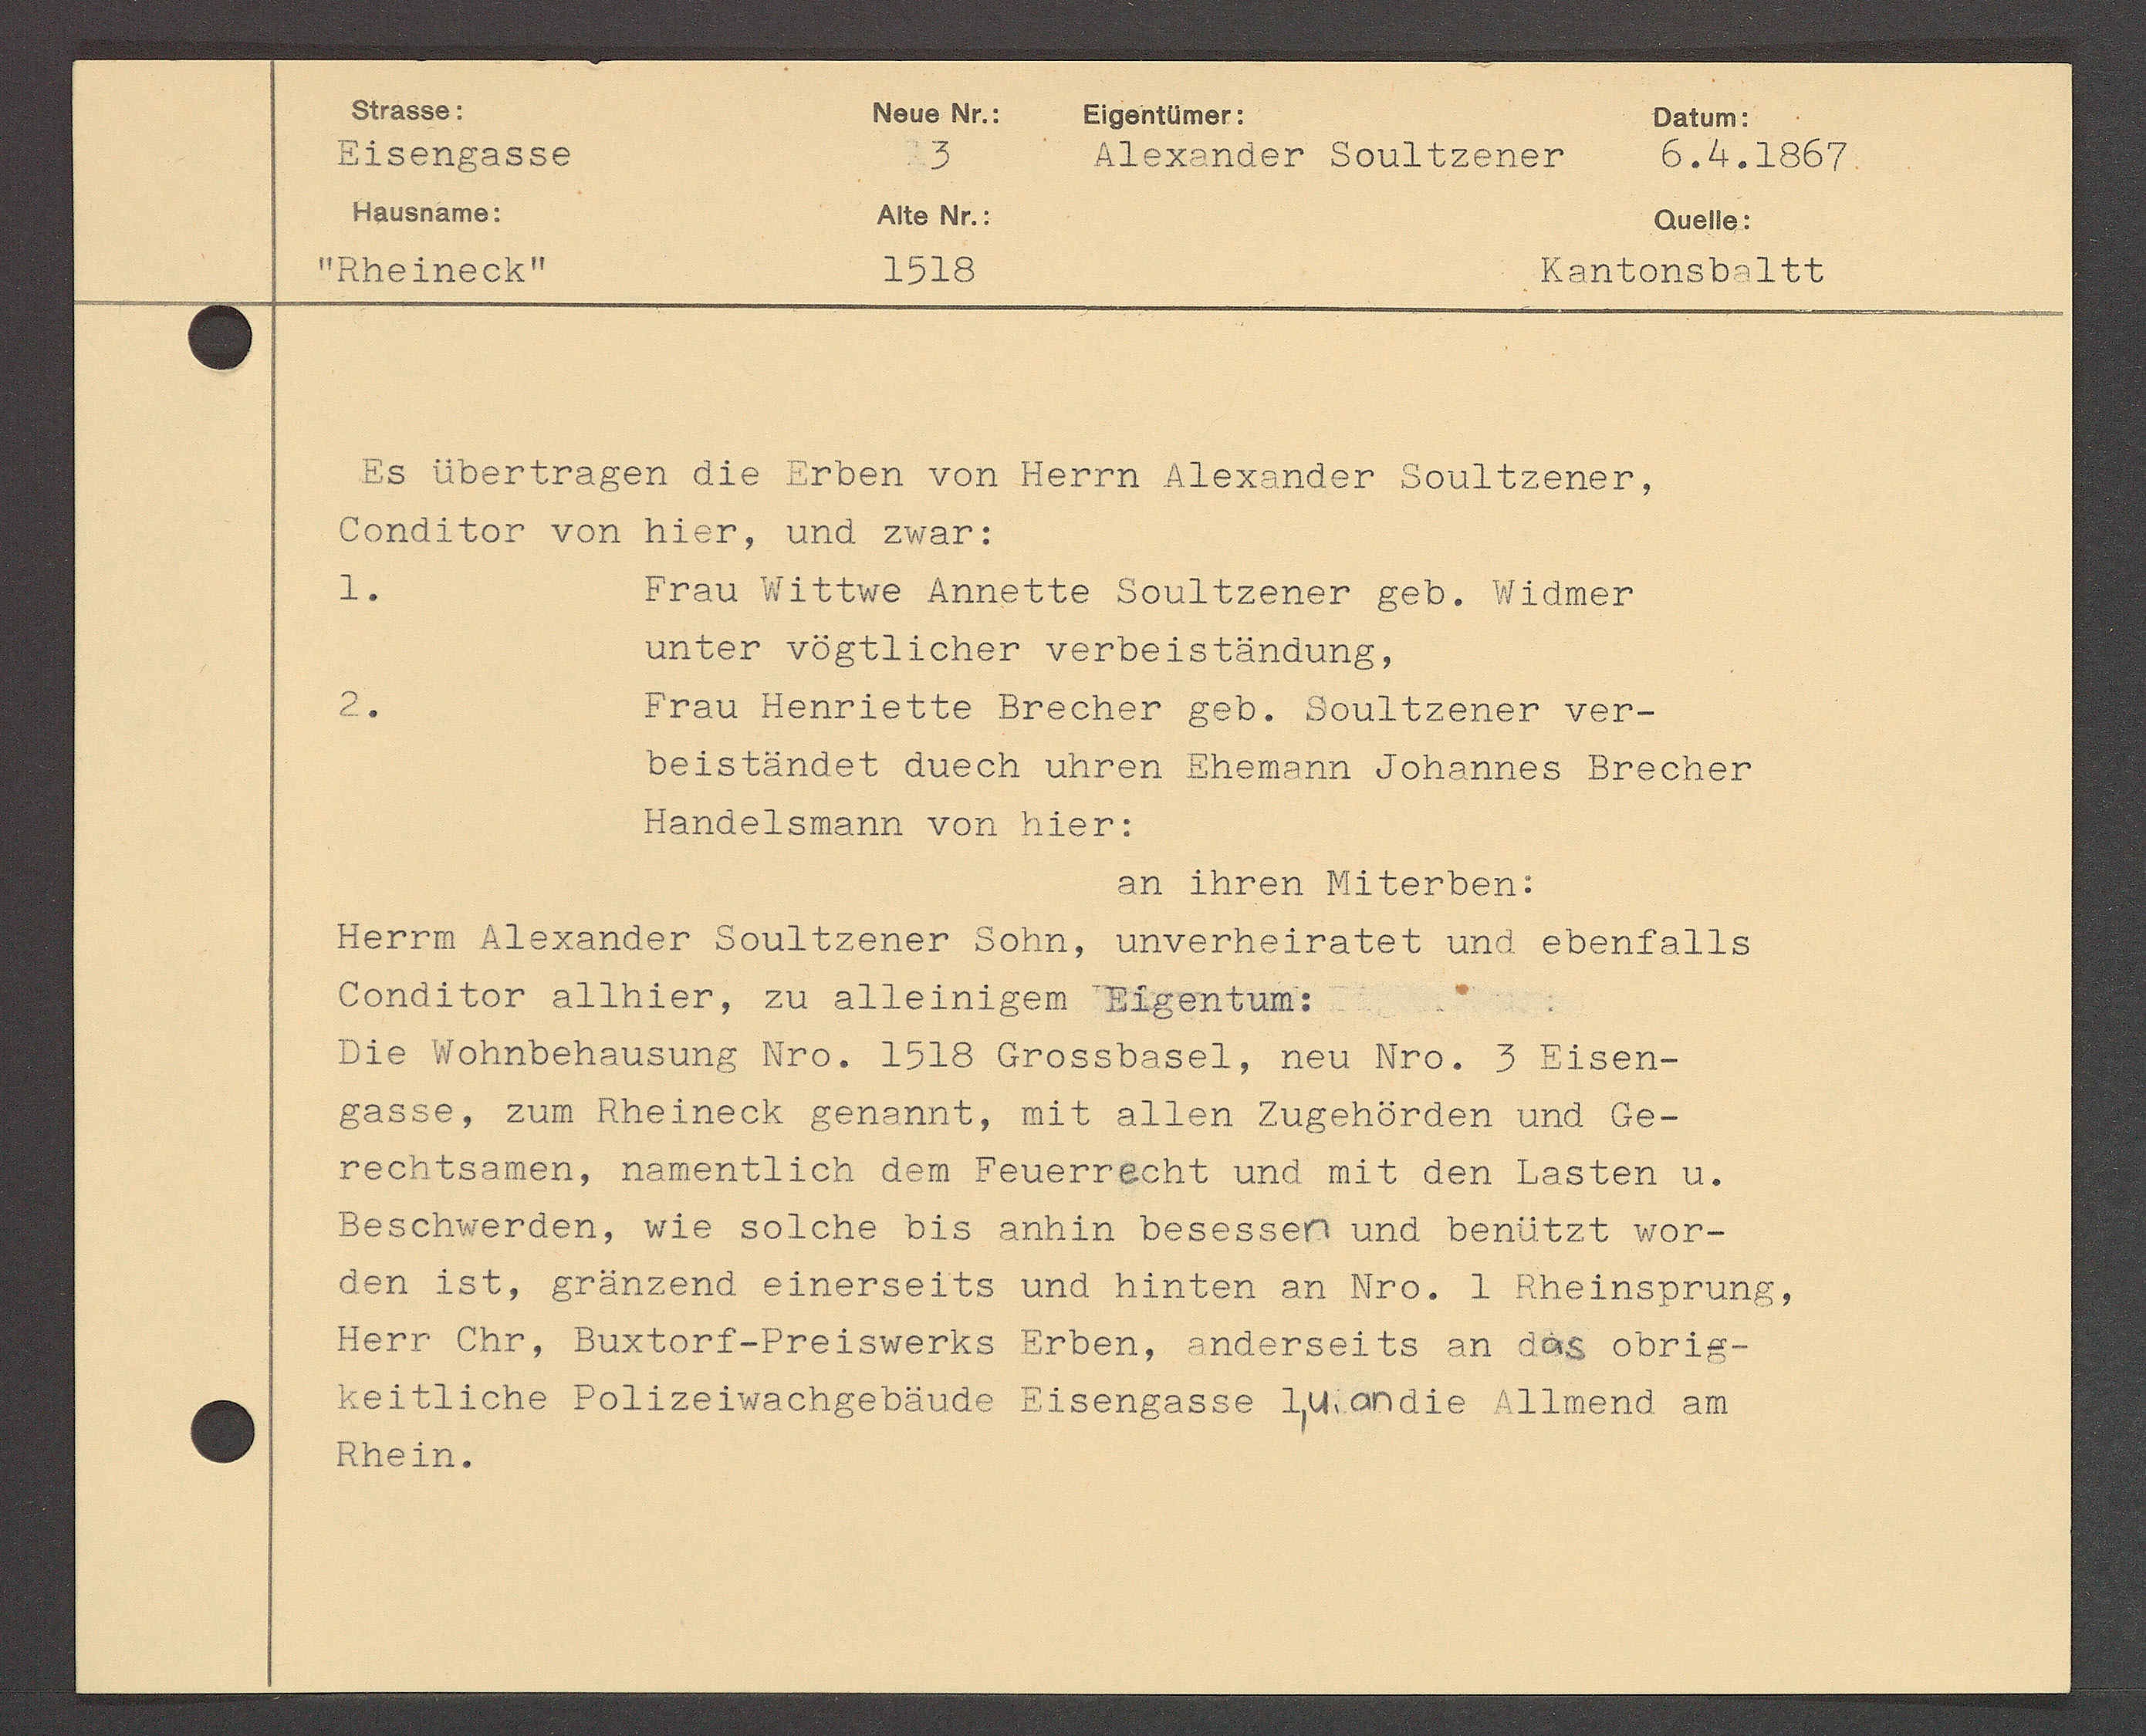
Transcript:
ER D D D 50

18ORIIIoI.
DTOR STADT BAADDDDDDD

3
6, Ao 1567.
ISTA10.
4110 15.
Ao110:
HORUOORI
RADADTSDSTEL.
1520

DDDTATADER AEE DDDER von DDDDD BUCUDDDDR SBUUEUCHEL.
Hor von Rich, No0 24ar.
Stat WEEwo AADEEEE SADTADBUDT BED. WAAnET
DDDDT DDDERUCHER STDBUSTADBUDE.
Stat DERRUEEo BASCADT BDB. BORIELBUCH WEB
DER STADAEt ADER UNDU BASNDUU SSTAUNDT BASEUCH
SATADT STADER DT BADT.
A EADER DTADTDBU.
 DR STADADT SOADTADDDT SORU, UADERUBUNDUBU AAA ADERLDTDB
TADT AIIADE, U AUSERADER SADERERD
ORIDERSASERS H. DDD biSSBASEL., 102 Nr0. 3 A250 ℔
E. E Rheineck Schardt, N24 Ao 161 ESchErdor NA 60-
ES AnER, HADERELEEh Abr BSADNDBEBU ADA BET AER TASEER H.
RNETACH. WDE So ADE DES AADT BASESSCH ADA BABUCEU Wob
ESt, DnAnEOBA AEADTSEEES ADA BADEEk Ab Ho. J RkeERSDEUDE
Ober, Buxtorf DER SASERS GRDEU. SDASTSELES A Aad ADT 2 ℔
JJehe DDTTADTNASADDDBUA BASEUDADBC HADAUC BUNDDD BA.
22.